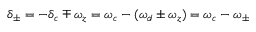
\delta _ { \pm } = - \delta _ { c } \mp \omega _ { z } = \omega _ { c } - ( \omega _ { d } \pm \omega _ { z } ) = \omega _ { c } - \omega _ { \pm }